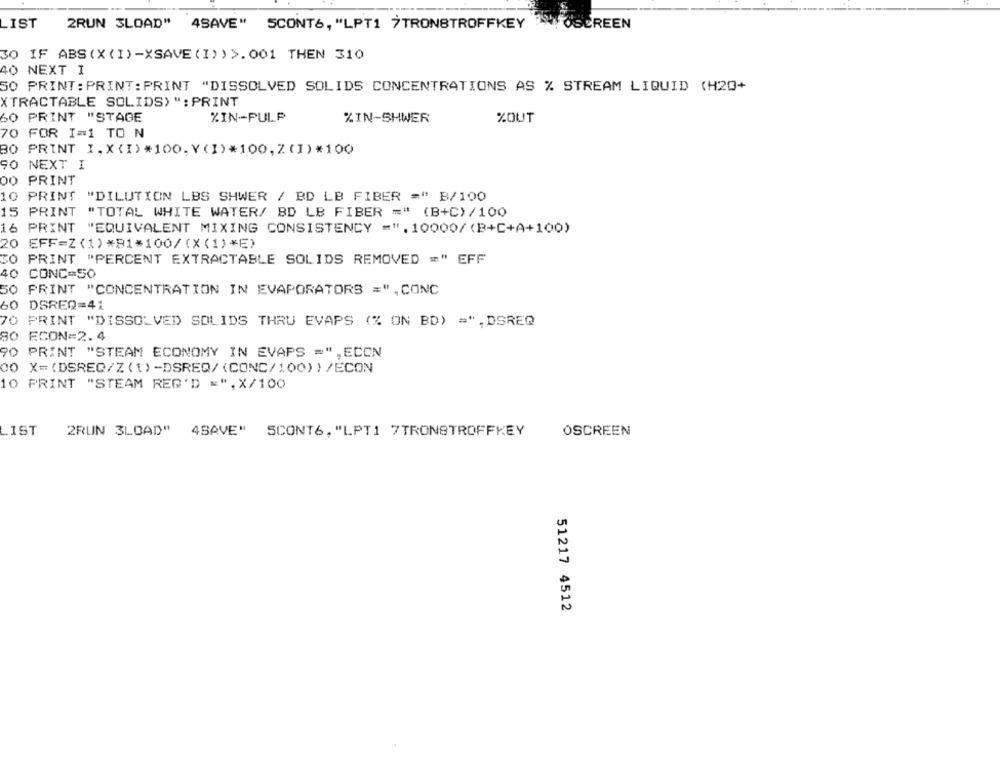
LIST
2RUN 3LOAD" 4SAVE" SCONT6, "LPT1 TRONSTROFFKEY OSCREEN
30 IF ABS (X (I)-XSAVE (I))>.001 THEN 310
40 NEXT I
50 PRINT : PRINT : PRINT "DISSOLVED SOLIDS CONCENTRATIONS AS % STREAM LIQUID (H2O+
XTRACTABLE SOLIDS> ": PRINT
60 PRINT "STAGE
%IN-PULP
%IN-SHWER
%OUT
70 FOR I=1 TO N
30 PRINT I,X(I)*100.Y(I)*100,Z(I)*100
90 NEXT I
DO PRINT
10 PRINT "DILUTION LBS SHWER / BD LB FIBER =" B/100
15 PRINT "TOTAL WHITE WATER/ BD LB FIBER =" (B+C) /100
16 PRINT "EQUIVALENT MIXING CONSISTENCY =". 10000/ (B+C+A+100)
20 EFF=Z(1)*B1*100/(X(1)*E)
30
PRINT "PERCENT EXTRACTABLE SOLIDS REMOVED =" EFF
40
CONC=50
50 PRINT "CONCENTRATION IN EVAPORATORS =", CONC
60 DSREQ=41
70 PRINT "DISSOLVED SOLIDS THRU EVAPS (% ON BD) =", DSREQ
80 ECON=2. 4
90 PRINT "STEAM ECONOMY IN EVAPS =", ECON
00 X=(DSREQ/Z(1)-DSREQ/(CONC/100)}/ECON
10 PRINT "STEAM REG'D =", X/100
LIST
2RUN 3LOAD"
4SAVE" SCONT6, "LPT1 7TRONSTROFFKEY
OSCREEN
51217 4512